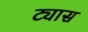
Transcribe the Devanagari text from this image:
ट्यास